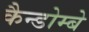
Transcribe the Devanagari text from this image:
कैन्डोम्बे